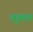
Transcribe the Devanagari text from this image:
वृकल